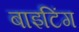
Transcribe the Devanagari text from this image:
बाइटिंग